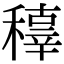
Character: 𥢍